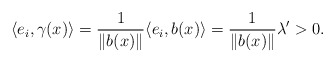
\begin{align*} \langle e_i, \gamma(x)\rangle =\frac{1}{\|b(x)\|} \langle e_i, b(x)\rangle = \frac{1}{\|b(x)\|} \lambda' > 0.\end{align*}